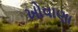
ખોવાણા